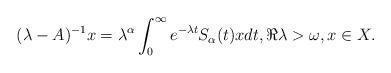
LaTeX: \begin{align*} (\lambda-A)^{-1}x=\lambda^\alpha \int_0^\infty e^{-\lambda t} S_\alpha (t)xdt, \Re \lambda>\omega, x\in X. \end{align*}